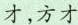
才，方才